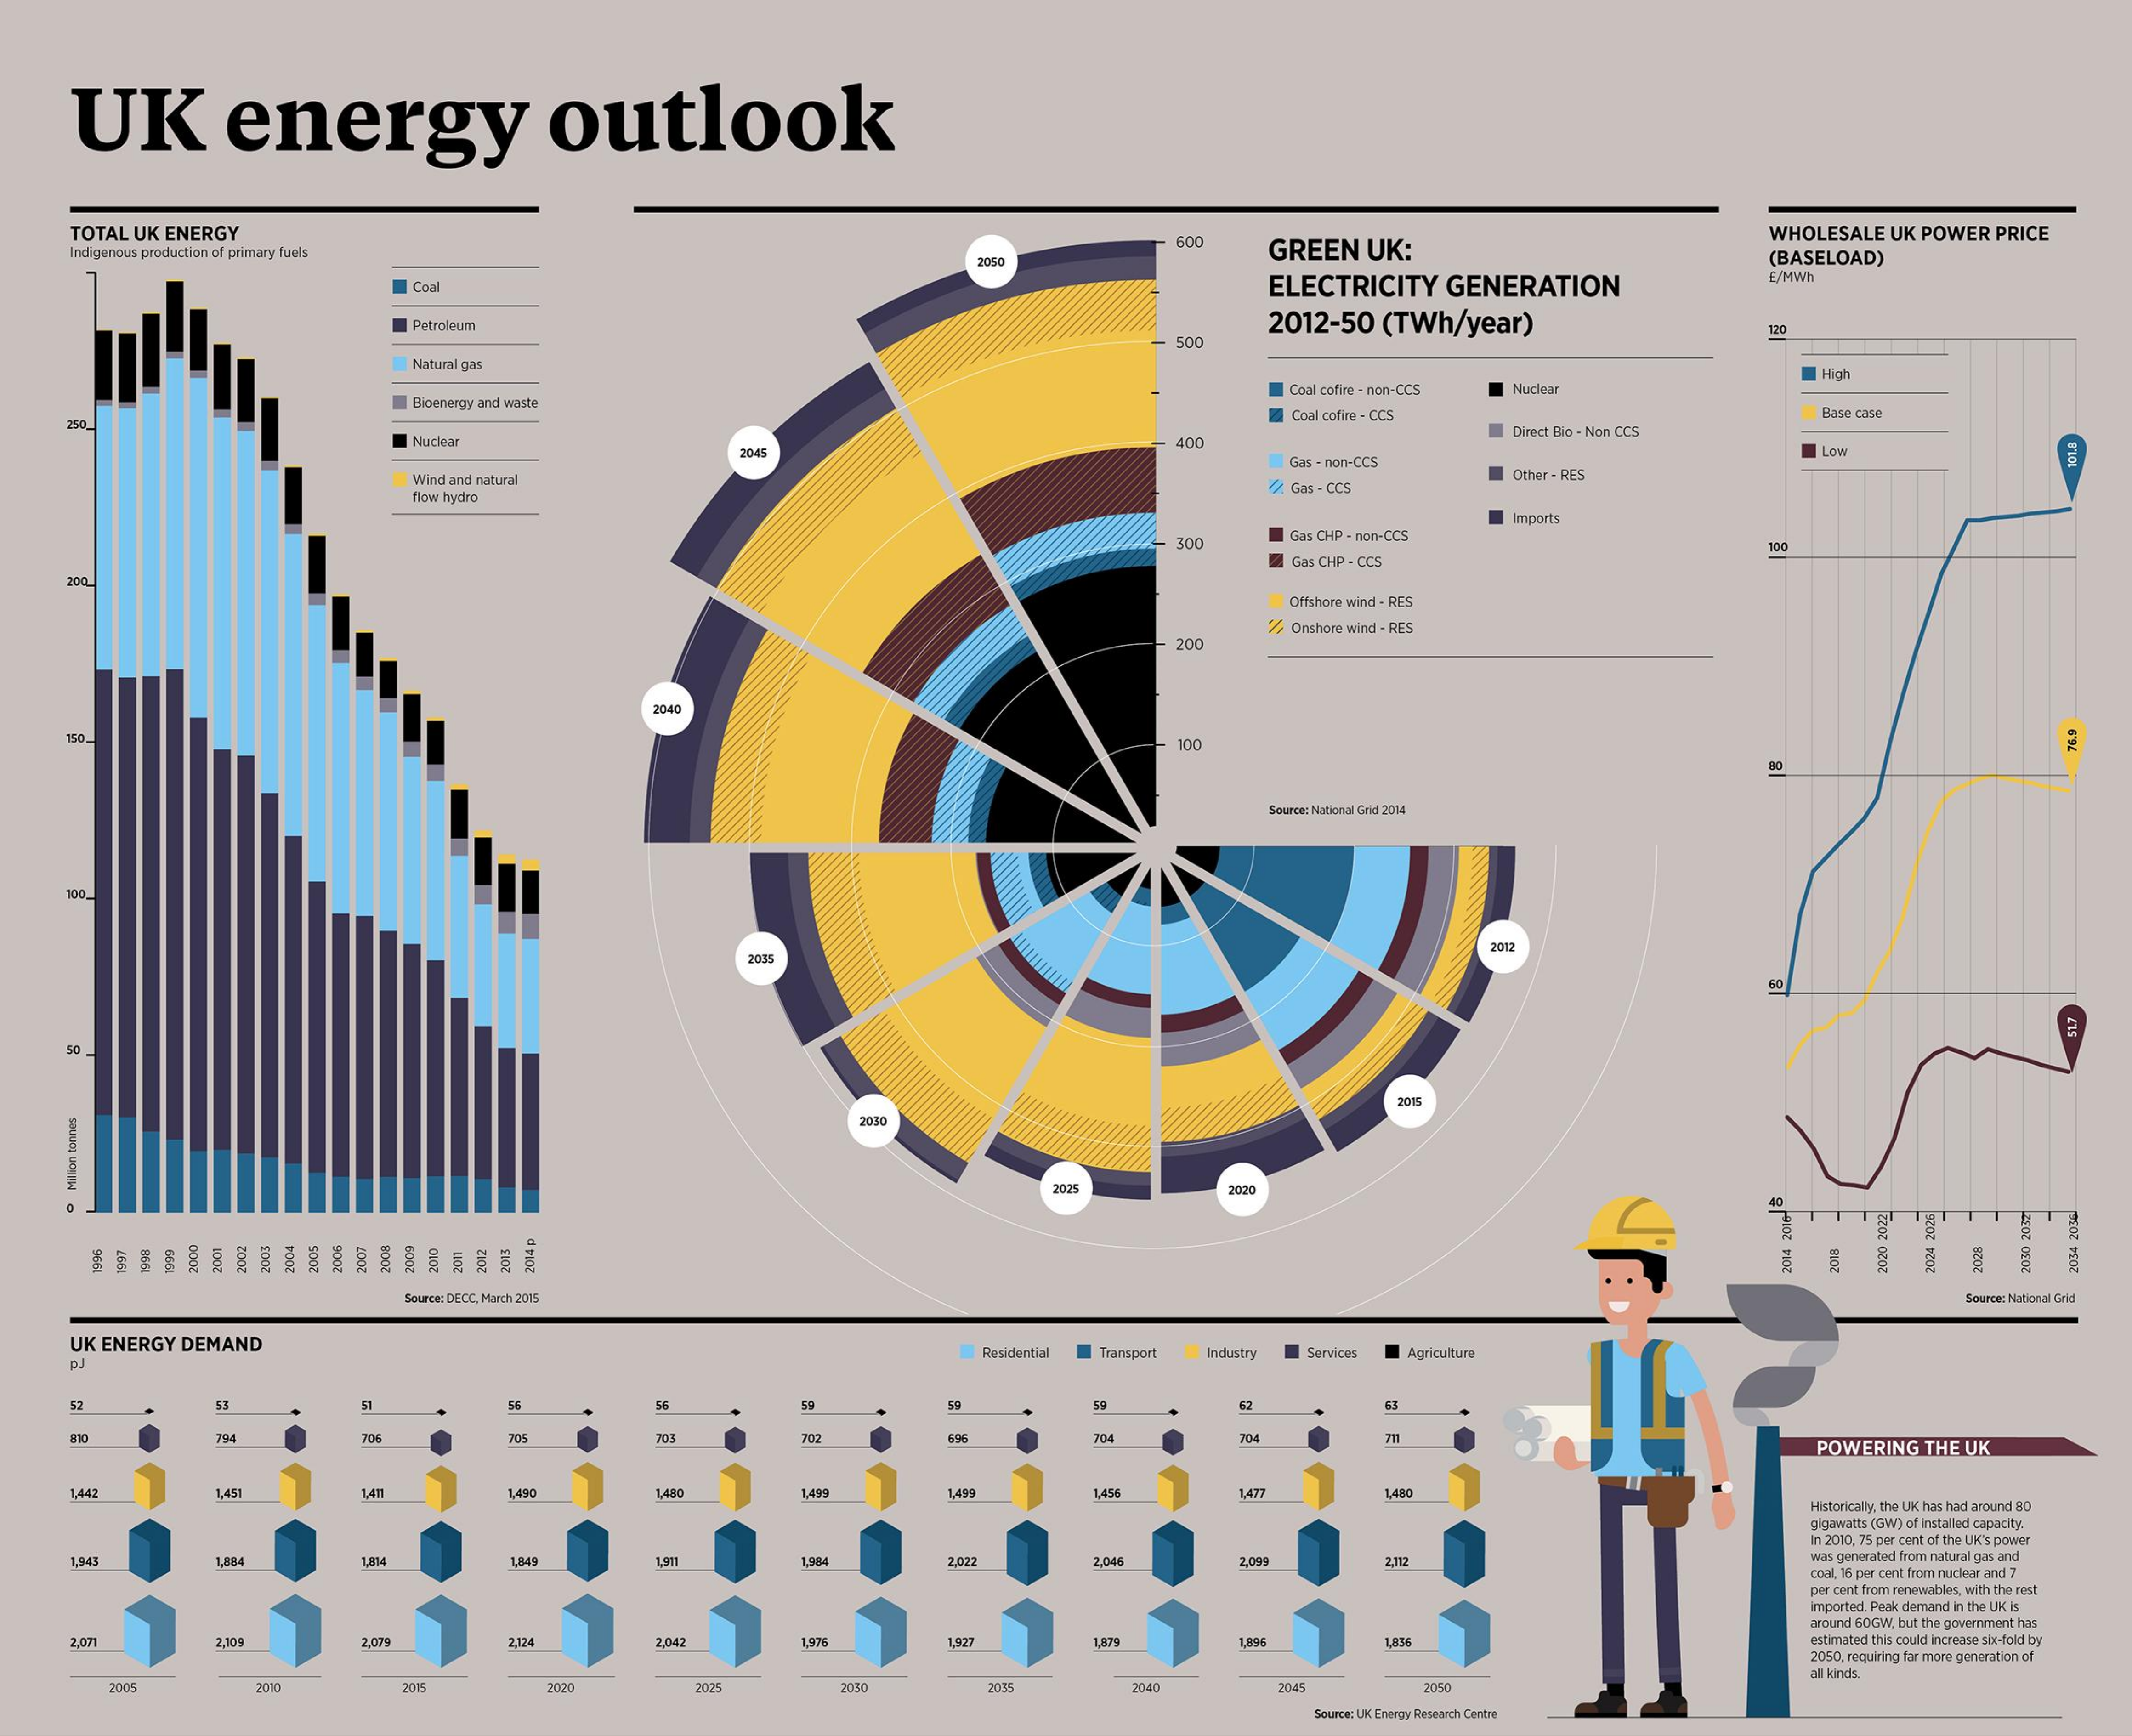
UK    energy    outlook
   TOTAL UK ENERGY    WHOLESALE UK POWER PRICE
   Indigenous production of primary fuels
     600
     GREEN UK:    (BASELOAD)
     ELECTRICITY GENERATION
     E/MWn
     Petroleum    2012-50 (TWh/year)
     500
     120
     Natural gas    High
     Bloenergy and waste
     Coal cofire - non-CCS Nuclear
     Coal cofre - DOS    Bade case
     Nuckor    400
     Direct Blo - Non CCS
     Wind and natural
     Gas - non-CCS
     2. Gas - CCS
     Other - RES
     flow Irydro
     Imports
     300 Gas CHP - non-CCS
     Gas CHP - CCS
     100
     Offshore wind - RES
     22 Onshore wind - RES
     - 200
     2040
   150    - 100
     Source: National Grid 2014
   100
     2012
     2025
   Milion
   tonnes
     IT    1
     0002    amz 8661
     Source DECC, March 2005    Source: National Grid
   UK ENERGY DEMAND
     Residential Transport Industry Services Agriculture
   52
     704  704   71
     POWERING THE UK
   1443  1,491 tan  1,4%    1.499 1499    1,477
     Historically, the UK has had around 80
     Dipiatti (GW) of installed capacity.
     n 2010, 75 per cent of the UK's power
   1.945 1,084 1,04    1.584 2022  2.045 2,039 2.112    was generated from natural gas and
     cool, 76 per cent bom nuclear and )
     per cent trom renewables, with the rest
     imported. Peak demand in the UK is
     Around SOGW, but the government has
   2,971 2309    2324  2,042 1.90  1,927 1,609 1,895 1.836    estimated this could increase six-fold by
     2050, requiring far more generation of
     2006    2020  2025  2030 2015  2540  2045
     all kinch.
     Source: UK, Energy Rewauch Centre